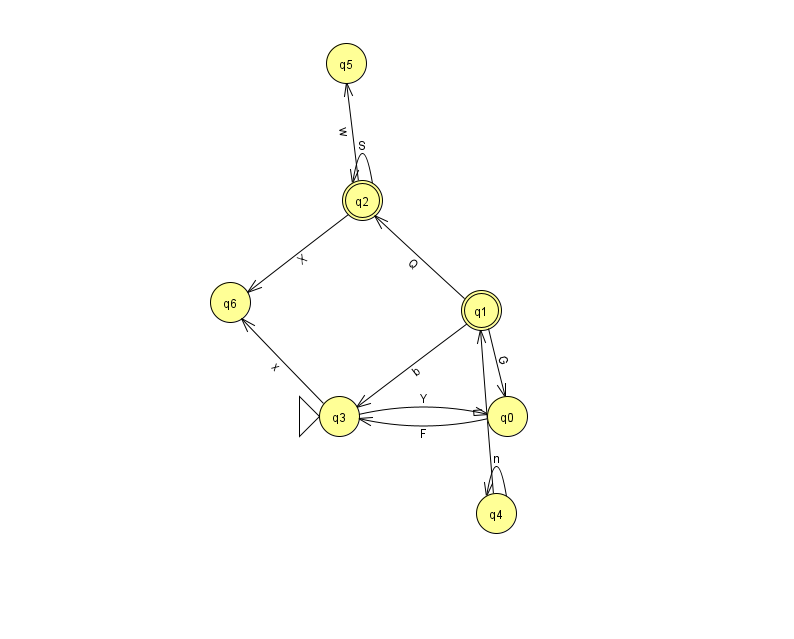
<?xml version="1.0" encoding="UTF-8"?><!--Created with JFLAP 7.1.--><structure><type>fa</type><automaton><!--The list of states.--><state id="0" name="q0"><x>507.0</x><y>403.0</y></state><state id="1" name="q1"><x>481.0</x><y>297.0</y><final/></state><state id="2" name="q2"><x>362.0</x><y>187.0</y><final/></state><state id="3" name="q3"><x>339.0</x><y>403.0</y><initial/></state><state id="4" name="q4"><x>496.0</x><y>500.0</y></state><state id="5" name="q5"><x>346.0</x><y>50.0</y></state><state id="6" name="q6"><x>230.0</x><y>289.0</y></state><!--The list of transitions.--><transition><from>3</from><to>0</to><read>Y</read></transition><transition><from>2</from><to>6</to><read>X</read></transition><transition><from>3</from><to>6</to><read>x</read></transition><transition><from>2</from><to>2</to><read>S</read></transition><transition><from>1</from><to>0</to><read>G</read></transition><transition><from>1</from><to>3</to><read>b</read></transition><transition><from>1</from><to>2</to><read>Q</read></transition><transition><from>4</from><to>1</to><read>L</read></transition><transition><from>2</from><to>5</to><read>w</read></transition><transition><from>4</from><to>4</to><read>n</read></transition><transition><from>0</from><to>3</to><read>F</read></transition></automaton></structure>